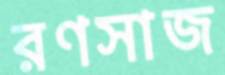
রণসাজ